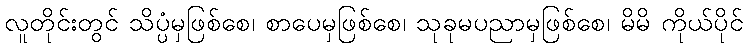
လူတိုင်းတွင် သိပ္ပံမှဖြစ်စေ၊ စာပေမှဖြစ်စေ၊ သုခုမပညာမှဖြစ်စေ၊ မိမိ ကိုယ်ပိုင်